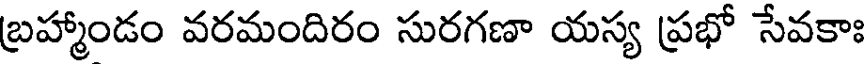
బ్రహ్మాండం వరమందిరం సురగణా యస్య ప్రభో సేవకాః